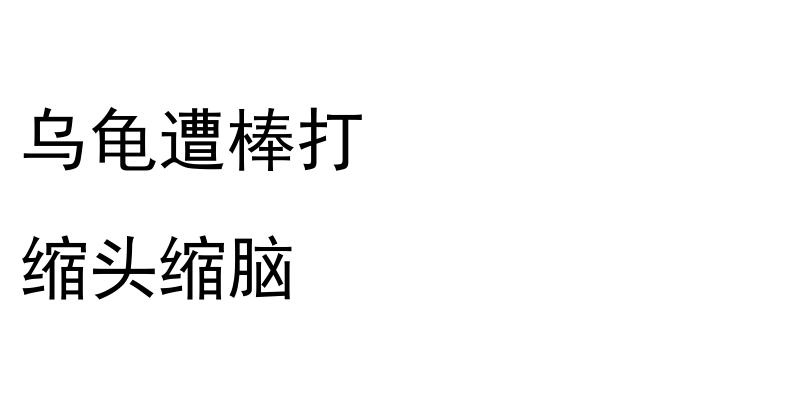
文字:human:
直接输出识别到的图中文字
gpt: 乌龟遭棒打 缩头缩脑